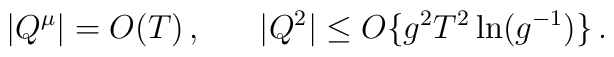
|Q^\mu| = O (T) \, , \;\;\;\;\;\; |Q^2| \leq O \{ g^2 T^2 \ln (g^{- 1}) \} \, .